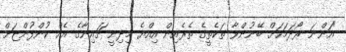
"އަންނަ ރޯދަމަހަށް ބޭނުންވާ ތަކެތީގެ ތެރެއިން އިއްޔެ މިދިނީ ޗައިނާގެ އެއް ކުންފުންޏަށް